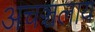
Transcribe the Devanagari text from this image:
अचञ्चलाय